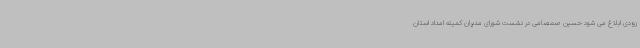
زودی ابلاغ می شود حسین صمصامی در نشست شورای مدیران کمیته امداد استان